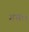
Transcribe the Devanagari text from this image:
गतः।